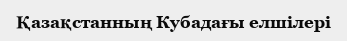
Қазақстанның Кубадағы елшілері